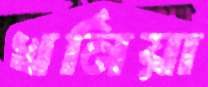
খর্নিয়া